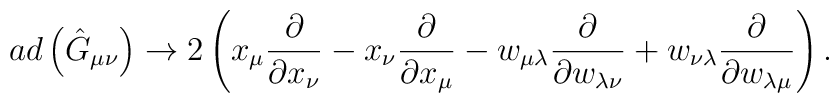
ad\left(\hat{G}_{\mu\nu} \right)\rightarrow 2\left(x_{\mu}\frac{\partial}{\partial x_{\nu}}-x_{\nu}\frac{\partial}{\partial x_{\mu}}-w_{\mu\lambda}\frac{\partial}{\partial w_{\lambda\nu}}+w_{\nu\lambda}\frac{\partial}{\partial w_{\lambda\mu}}\right).